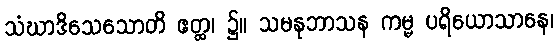
သံဃာဒိသေသောတိ ဧတ္ထ၊ ၌။ သမနုဘာသန ကမ္မ ပရိယောသာနေ၊